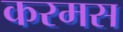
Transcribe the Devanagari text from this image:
करमस